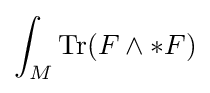
\int _{M}\mathrm {Tr} (F\wedge *F)